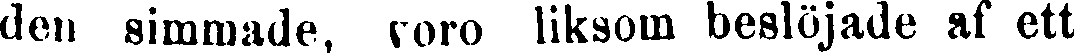
den simmade, voro liksom beslöjade af ett